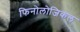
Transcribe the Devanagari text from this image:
फिनोलोजिकल